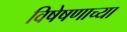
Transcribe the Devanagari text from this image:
विषेषणाच्या